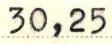
30,25